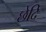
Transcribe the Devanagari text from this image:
छेदि